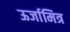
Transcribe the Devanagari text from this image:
ऊर्जामित्र